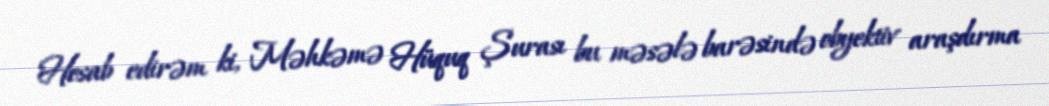
Hesab edirəm ki, Məhkəmə Hüquq Şurası bu məsələ barəsində obyektiv araşdırma